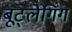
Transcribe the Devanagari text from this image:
बूट्लेगिंग